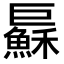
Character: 𢀱